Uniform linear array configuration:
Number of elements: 48
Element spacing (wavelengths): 0.5
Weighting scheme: binomial
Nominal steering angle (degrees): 45
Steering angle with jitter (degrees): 46.456
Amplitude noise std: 0.05
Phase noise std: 0.05

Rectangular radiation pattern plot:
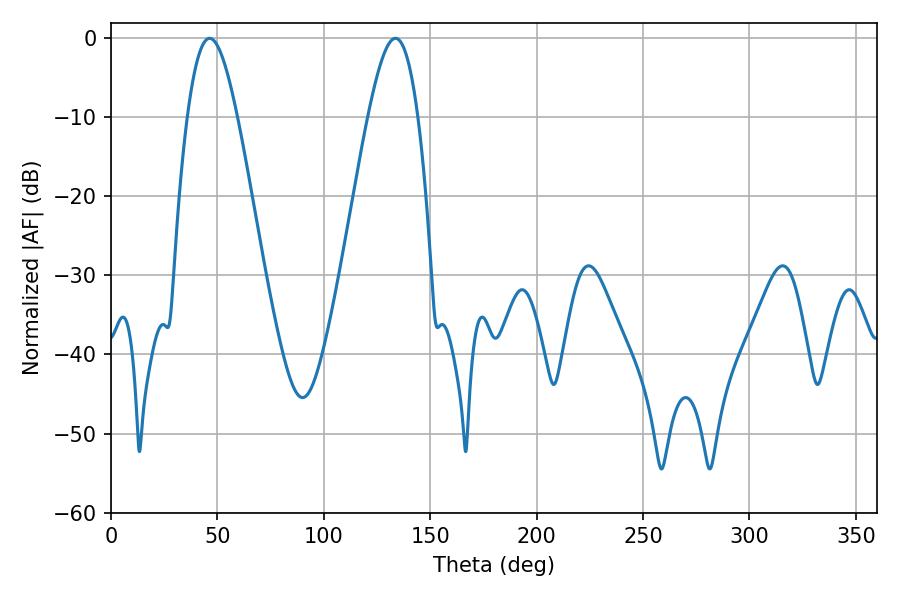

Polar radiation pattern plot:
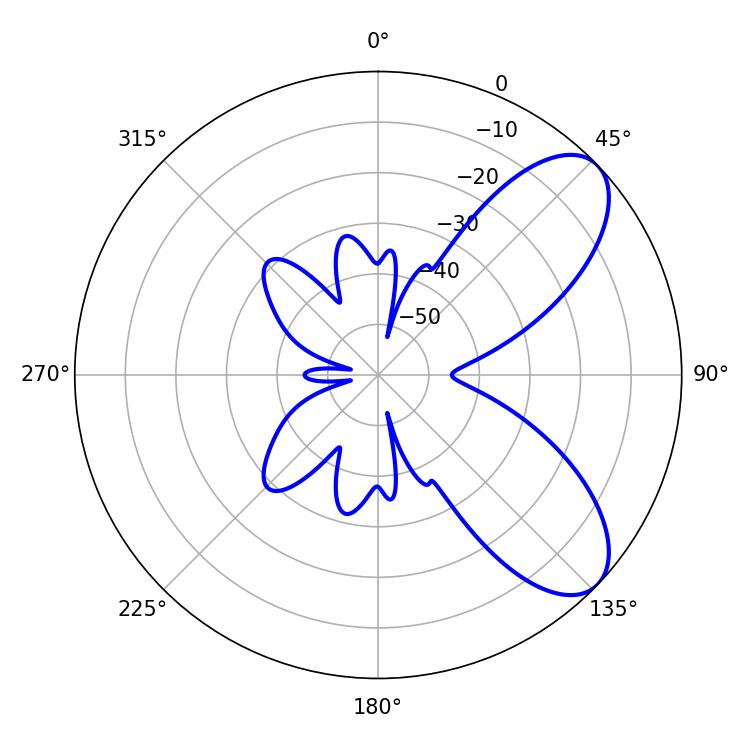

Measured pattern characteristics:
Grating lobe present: FALSE
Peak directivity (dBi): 7.58
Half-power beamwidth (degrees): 12.6
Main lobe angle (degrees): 46.26